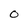
Character: O